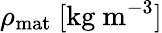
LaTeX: \rho_{\mathrm{mat}}\ [\mathrm{kg\ m}^{-3}]